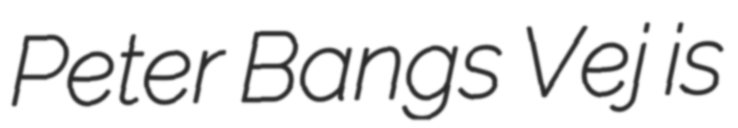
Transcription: Peter Bangs Vej is